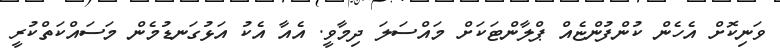
ވަނިކޮށް އެހެން ކުންފުންޏެއް ޕްލާންޓަކަށް މައްސަލަ ދިމާވީ. އެއާ އެކު އަޅުގަނޑުމެން މަސައްކަތްކުރީ